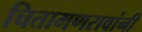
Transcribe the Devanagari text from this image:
चितामणरावांनी